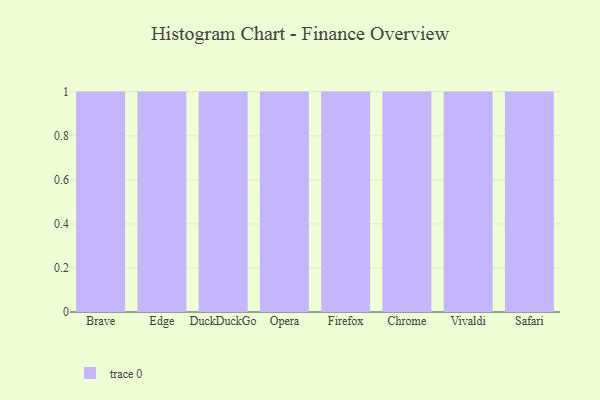
{"axis": {"x": "Browser", "y": "Temperature (°C)"}, "legend": [""], "data": [{"x": "Brave", "y": 9, "type": ""}, {"x": "Edge", "y": 92, "type": ""}, {"x": "DuckDuckGo", "y": 35, "type": ""}, {"x": "Opera", "y": 97, "type": ""}, {"x": "Firefox", "y": 24, "type": ""}, {"x": "Chrome", "y": 65, "type": ""}, {"x": "Vivaldi", "y": 98, "type": ""}, {"x": "Safari", "y": 67, "type": ""}]}